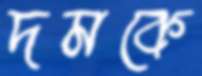
দমকে